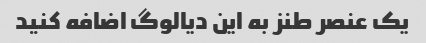
یک عنصر طنز به این دیالوگ اضافه کنید